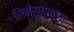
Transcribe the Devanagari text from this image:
सिनेरूपांतरण